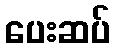
ပေးဆပ်